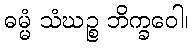
ဓမ္မံ သံဃဉ္စ ဘိက္ခဝေါ၊